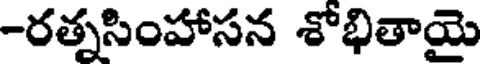
-రత్నసింహాసన శోభితాయై